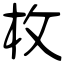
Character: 枚